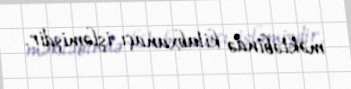
məktəbində kitabxanaçı işləmişdir.